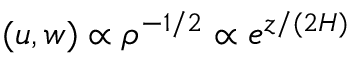
( u , w ) \propto \rho ^ { - 1 / 2 } \propto e ^ { z / ( 2 H ) }